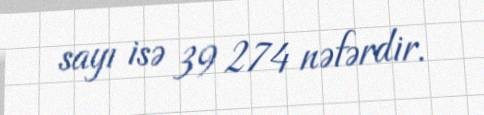
sayı isə 39 274 nəfərdir.